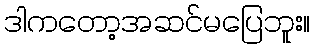
ဒါကတော့အဆင်မပြေဘူး။